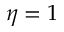
\eta = 1